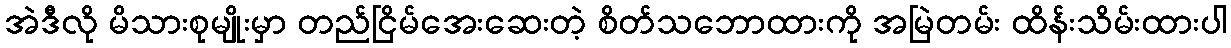
အဲဒီလို မိသားစုမျိုးမှာ တည်ငြိမ်အေးဆေးတဲ့ စိတ်သဘောထားကို အမြဲတမ်း ထိန်းသိမ်းထားပါ